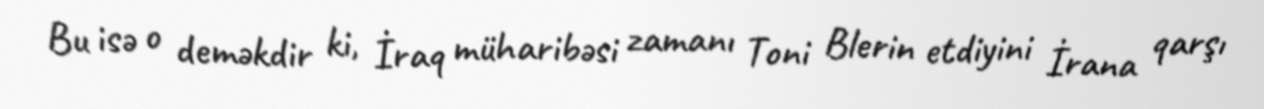
Bu isə o deməkdir ki, İraq müharibəsi zamanı Toni Blerin etdiyini İrana qarşı